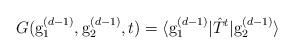
\begin{align*}G({\rm g}_1^{(d-1)},{\rm g}_2^{(d-1)},t)=\langle {\rm g}_1^{(d-1)} |\hat T^t |{\rm g}_2^{(d-1)}\rangle\end{align*}